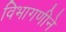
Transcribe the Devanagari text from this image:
विभागणीने